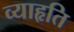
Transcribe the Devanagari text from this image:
व्याहृति